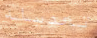
تعديله